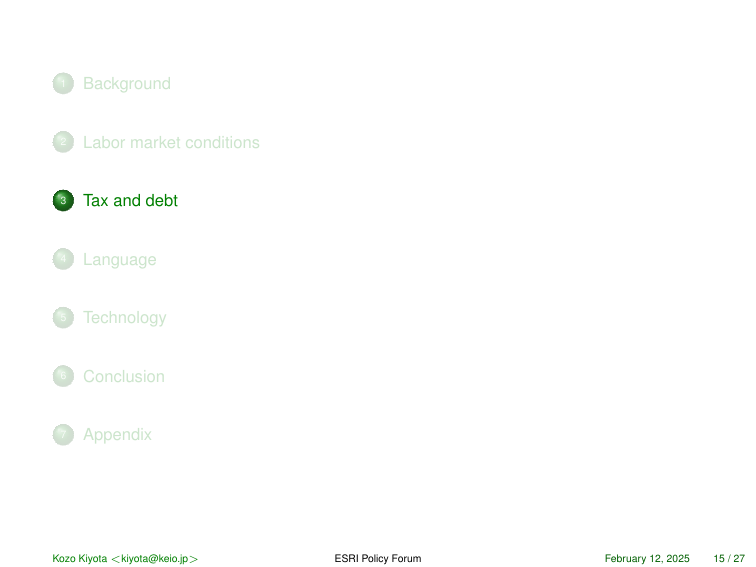
1 Background
2 Labor market conditions
3 Tax and debt
4 Language
5 Technology
6 Conclusion
7 Appendix

Kozo Kiyota <kiyota@keio.jp>
ESRI Policy Forum
February 12, 2025 15 / 27